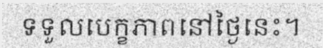
ទទួលបេក្ខភាពនៅថ្ងៃនេះ។